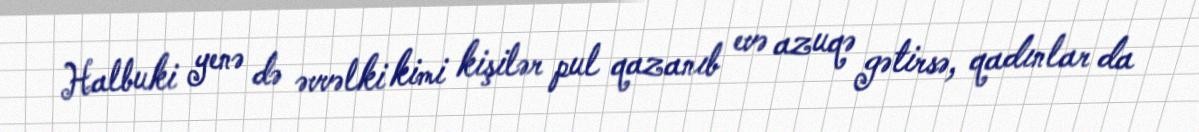
Halbuki yenə də əvvəlki kimi kişilər pul qazanıb evə azuqə gətirsə, qadınlar da